Report of the Hyderabad Chloroform Commission
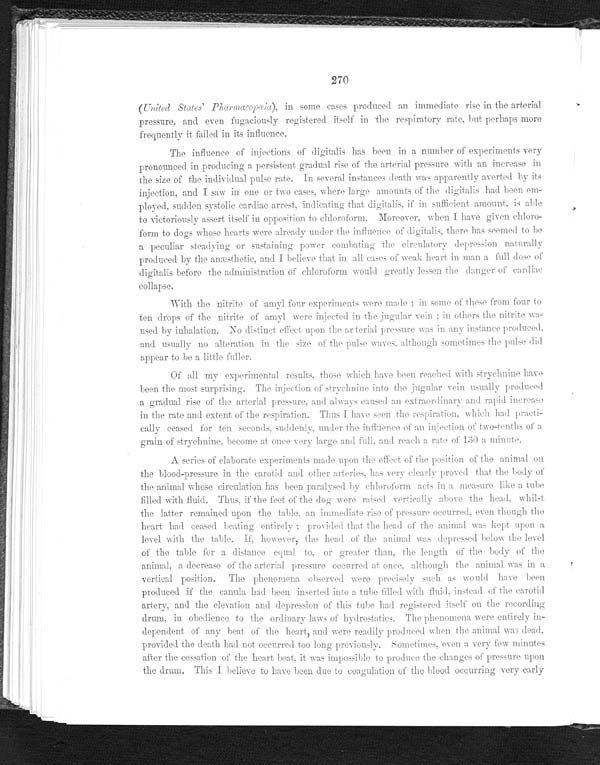
270
(United States' Pharmacopaia), in some cases produced an immediate rise in the arterial
pressure, and even fugaciously registered itself in the respiratory rate, but perhaps more
frequently it failed in its influence.
The influence of injections of digitalis has been in a number of experiments very
pronounced in producing a persistent gradual rise of the arterial pressure with an increase in
the size of the individual pulse rate. In several instances death was apparently averted by its
injection, and I saw in one or two cases, where large amounts of the digitalis had been em--
ployed, sudden systolic cardiac arrest, indicating that digitalis, if in sufficient amount, is able
to victoriously assert itself in opposition to chloroform. Moreover, when I have given chloro--
form to dogs whose hearts were already under the influence of digitalis, there has seemed to be
a peculiar steadying or sustaining power combating the circulatory depression naturally
produced by the anæsthetic, and I believe that in all cases of weak heart in man a full dose of
digitalis before the administration of chloroform would greatly lessen the danger of cardiac
collapse.
With the nitrite of amyl four experiments were made; in some of these from four to
ten drops of the nitrite of amyl were injected in the jugular vein; in others the nitrite was
used by inhalation. No distinct effect upon the arterial press
ure was in any instance produced, and usually no alteration in the size of the pulse waves, although sometimes the pulse did
appear to be a little fuller.
Of all my experimental results, those which have been reached with strychnine have
been the most surprising. The injection of strychnine into the jugular vein usually produced
a gradual rise of the arterial pressure, and always caused an extraordinary and rapid increase
in the rate and extent of the respiration. Thus I have seen the respiration, which had practi
- c a l l y c e a s e d f o r t e n s e c o n d s , s u d d e n l y , u n d e r t h e i n f l u e n c e o f a n i n j e c t i o n o f t w o - t e n t h s o f a
grain of strychnine, become at once very large and full, and reach a rate of 130 a minute.
A series of elaborate experiments made upon the effect of the position of the animal on
the blood-pressure in the carotid and other arteries, has very clearly proved that the body of
the animal whose circulation has been paralysed by chloroform acts in a measure like a tube
filled with fluid. Thus, if the feet of the dog were raised vertically above the head, whilst
the l atter remai ned upon the tabl e, an i mmedi ate ri se of pressure occurred, even though the
heart had ceased beating entirely; provided that the head of the animal was kept upon a
level with the table. If, however, the head of the animal was depressed below the level
of the table for a distance equal to, or greater than, the length of the body of the
animal, a decrease of the arterial pressure occurred at once, although the animal was in a
vertical position. The phenomena observed were precisely such as would have been
produced if the canula had been inserted into a tube filled with fluid, instead of the carotid
artery, and the elevation and depression of this tube had registered itself on the recording
drum, in obedience to the ordinary laws of hydrostatics. The phenomena, were entirely in--
dependent of any beat of the heart, and were readily produced when the animal was dead,
provided the death had not occurred too long previously. Sometimes, even a very few minutes
after the cessation of the heart beat, it was impossible to produce the changes of pressure upon
the drum. This I believe to have been due to coagulation of the blood occurring very early